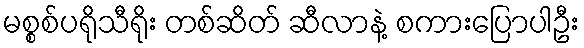
မစ္စစ်ပရိုသီရိုး တစ်ဆိတ် ဆီလာနဲ့ စကားပြောပါဦး